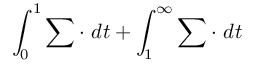
\int _ { 0 } ^ { 1 } \sum \cdot \ d t + \int _ { 1 } ^ { \infty } \sum \cdot \ d t